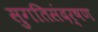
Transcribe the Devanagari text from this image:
सुगतिसंदर्षण